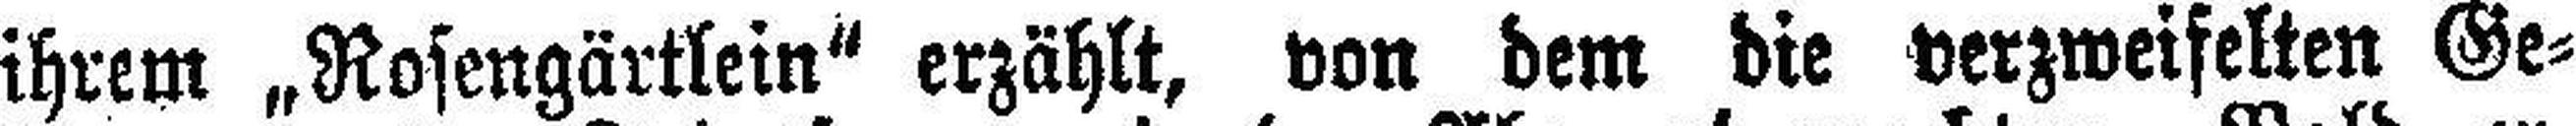
ihrem „Rosengärtlein" erzählt, von dem die verzweifelten Ge¬